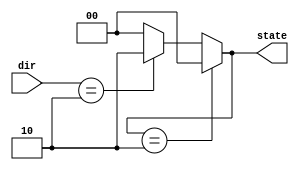
module moveFSM(
    input [1:0] dir,
    output reg [1:0] state
);
    
    reg [1:0] next;
    parameter LEFT = 4'b0100;
    parameter MIDDLE = 4'b0010;
    parameter RIGHT = 4'b1000;
    parameter START = 4'b0000;
      
  always @(dir) begin
    case (state)
        START:
            begin
                if (dir==4'b0010)
                    next = MIDDLE;
                else if (dir==4'b0100)
                    next = LEFT;
                else if (dir==4'b1000)
                    next = RIGHT;
           end
        MIDDLE:
            begin
                if (dir==4'b0100)
                    next = LEFT;
                else if (dir==4'b1000)
                    next = RIGHT;
            end
        LEFT:
            begin
                if (dir==4'b0100)
                    next = LEFT;
                else if (dir==4'b1000)
                    next = MIDDLE;
            end
        RIGHT:
            begin
                if (dir==4'b0100)
                    next = MIDDLE;
                else if (dir==4'b1000)
                    next = RIGHT;
            end
    endcase
    state = next;
    end
    
  
  
  endmodule